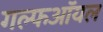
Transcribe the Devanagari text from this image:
गल्फऑयल